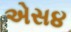
એસ૪